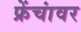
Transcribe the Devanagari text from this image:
फ्रेंचांवर